Annual administration report of the Bombay Presidency - 1887-1892
Year: 1887
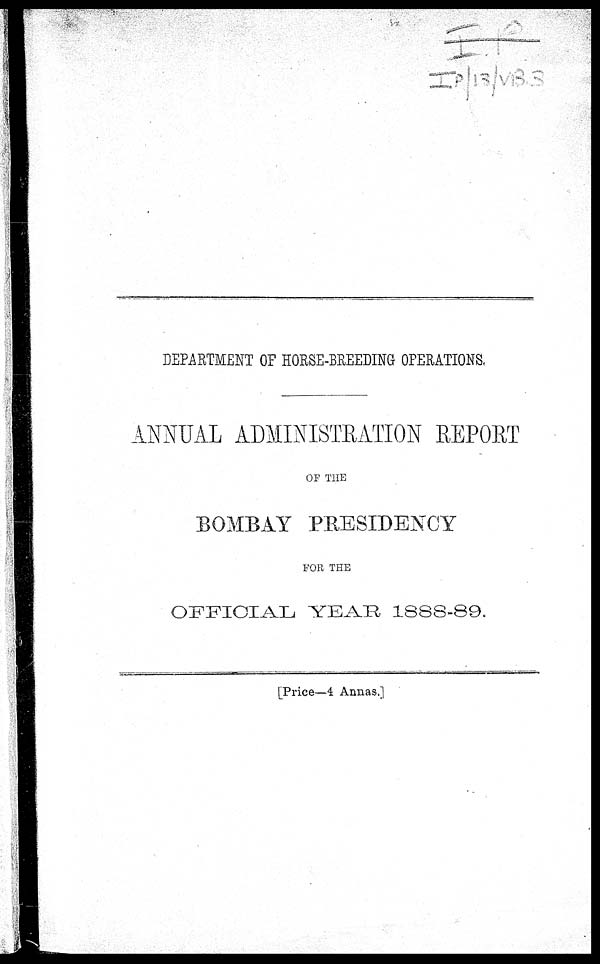
DEPARTMENT OF HORSE-BREEDING OPERATIONS.
ANNUAL ADMINISTRATION REPORT
OF THE
BOMBAY PRESIDENCY
FOR THE
OFFICIAL YEAR 1888-89.
[Price—4 Annas.]